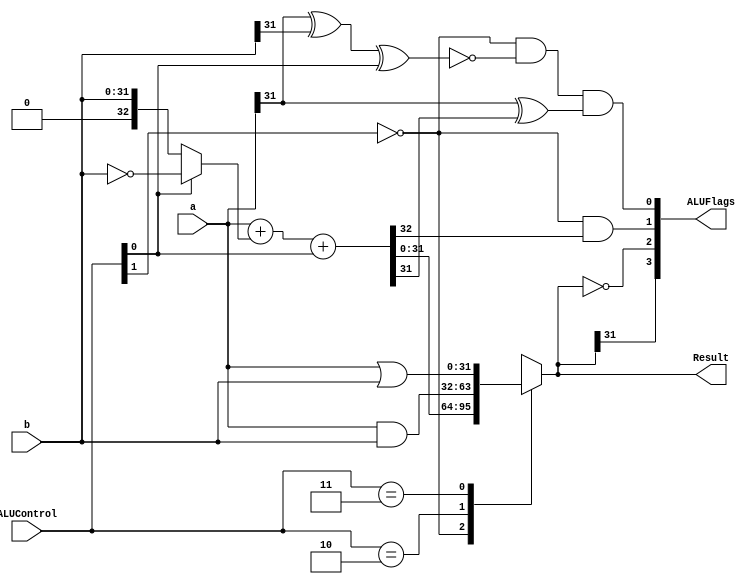
module alu (
    input [31:0] a, b,
    input [1:0] ALUControl,
    output reg [31:0] Result,
    output wire [3:0] ALUFlags // 4-bit output for status flags (N, Z, C, V)
);

  wire negative, zero, carry, overflow; // Define wires for each flag
  wire [32:0] sum;                      // 33-bit wire for sum to capture the additional carry
  
  assign sum = a + (ALUControl[0] ? ~b : b) + ALUControl[0]; // Adder with two's complement for subtraction
  
  /*
  ALUControl Logic:
  00: addition (sum)
  01: subtraction (sub)
  10: logical AND
  11: logical OR
  */
  always @(*) begin
    casex (ALUControl[1:0])
      2'b0?: Result = sum[31:0]; // Addition or subtraction (the lower 32 bits of sum)
      2'b10: Result = a & b;     // Logical AND operation
      2'b11: Result = a | b;     // Logical OR operation
      default: Result = 32'b0;   // Default value for safety (although casex should handle all cases)
    endcase
  end
  
  assign negative = Result[31];
  assign zero = (Result == 32'b0);
  
  assign carry = (ALUControl[1] == 1'b0) & sum[32];
  assign overflow = (ALUControl[1] == 1'b0) & ~(a[31] ^ b[31] ^ ALUControl[0]) & (a[31] ^ sum[31]);

  assign ALUFlags = {negative, zero, carry, overflow};

endmodule